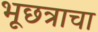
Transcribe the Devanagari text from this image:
भूछत्राचा